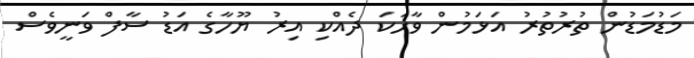
މަޑުމަޑުން ތުރުތުރު އަޅަމުން ވާހަކަ ދެއްކި އިރު ޔޫހާގެ އަޑު ސާފް ވަނީވެސް